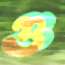
গু